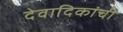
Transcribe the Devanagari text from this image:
देवादिकांची